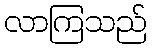
လာကြသည်